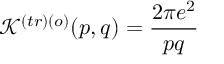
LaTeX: \mathcal { K } ^ { \left( t r \right) \left( o \right) } ( p , q ) = \frac { 2 \pi e ^ { 2 } } { p q }